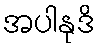
အပါနုဒိ